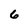
Character: 6